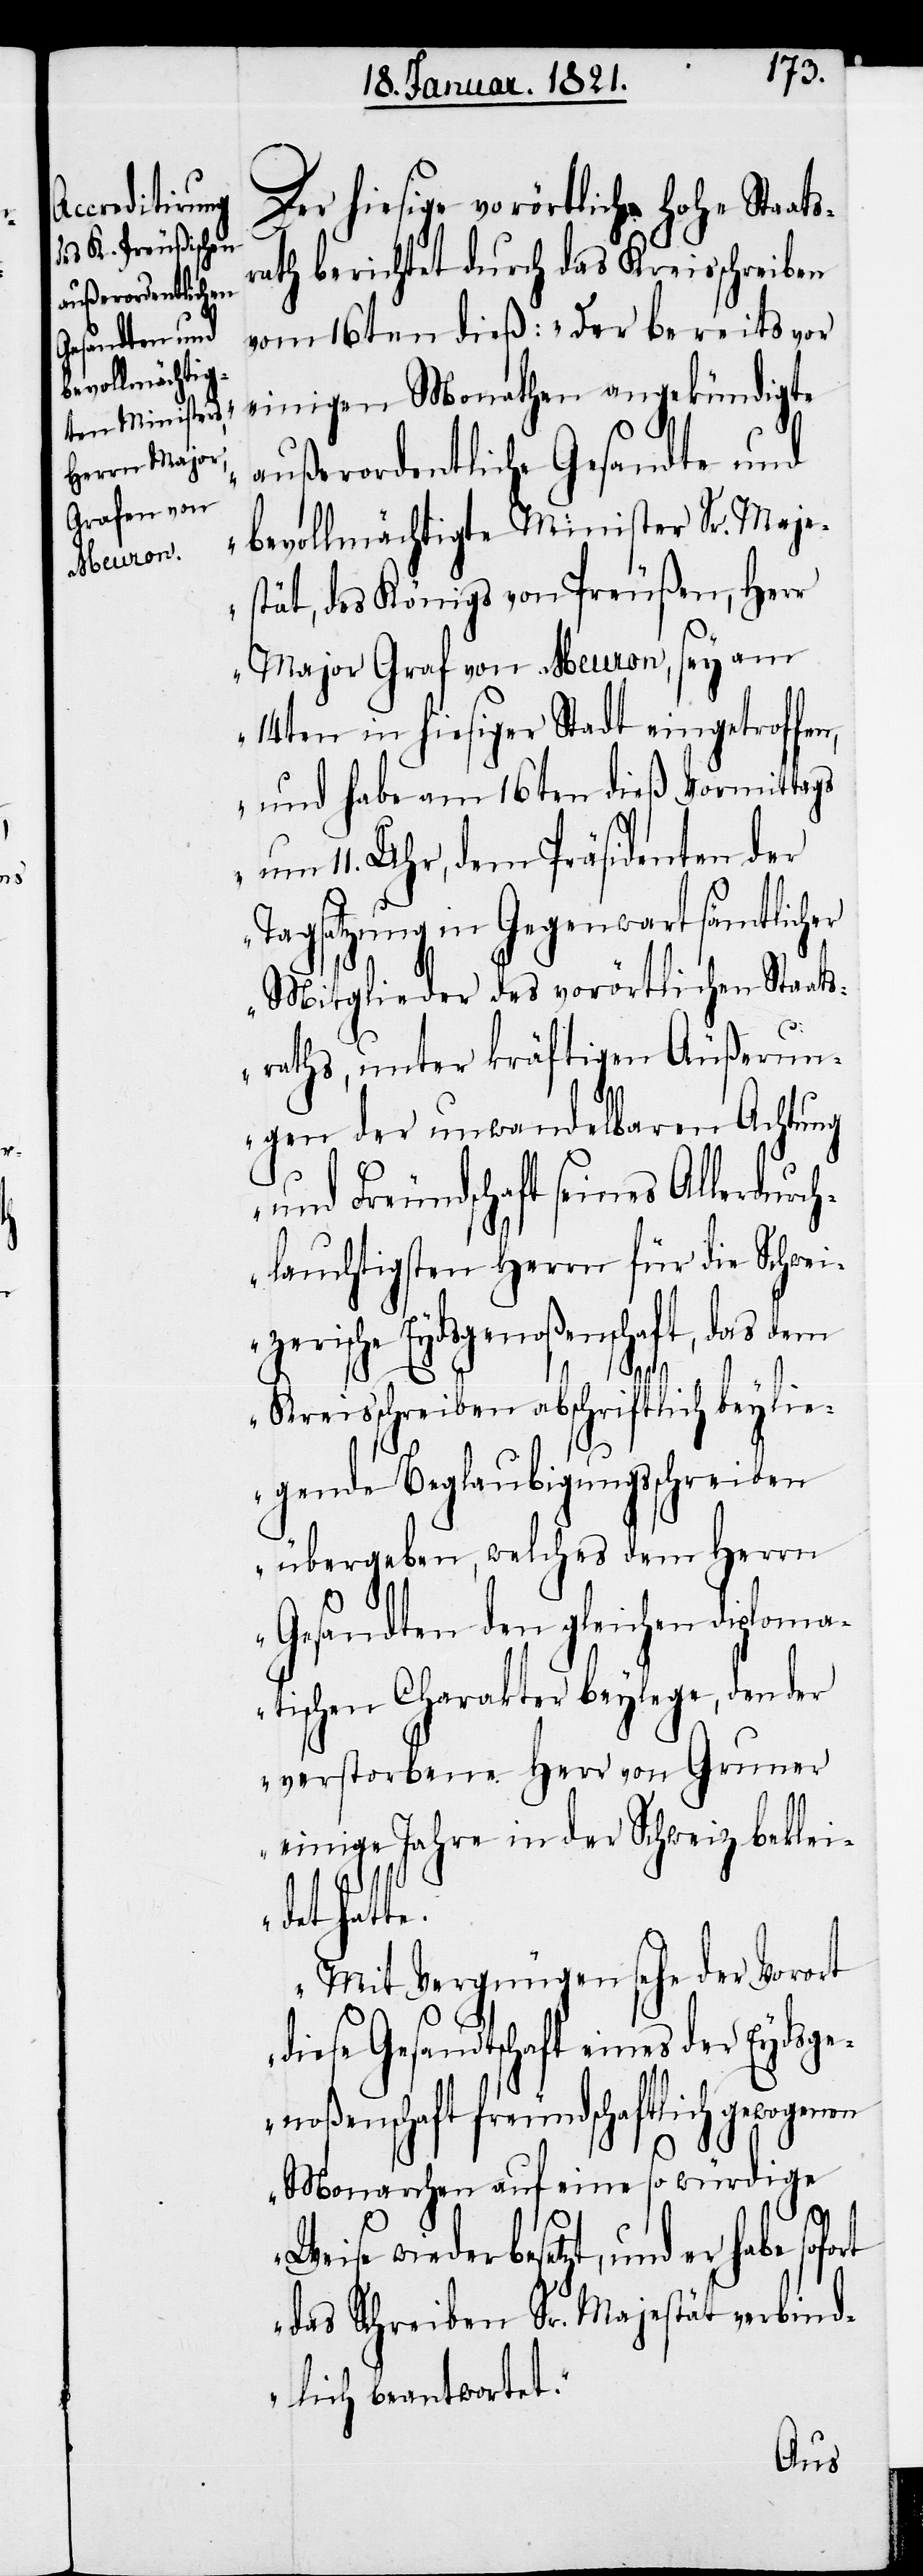
Der hiesige vorörtliche hohe Staats¬
rath berichtet durch das Kreisschreiben
vom 16ten dieß: „Der bereits vor
einigen Monathen angekündigte
außerordentliche Gesandte und
bevollmächtigte Minister Sr. Maje¬
stät, des Königs von Preußen, Herr
Major Graf von Meuron, sey am
14ten in hiesiger Stadt eingetroffen,
und habe am 16ten dieß Vormittags
um 11. Uhr, dem Präsidenten der
Tagsatzung in Gegenwart sämtlicher
Mitglieder des vorörtlichen Staats¬
raths, unter kräftigen Äußerun¬
gen der unwandelbaren Achtung
und Freundschaft seines Allerdurc¬
hlauchtigsten Herrn für die Schwei¬
zerische Eydsgenoßenschaft, das dem
en
Kreisschreiben abschriftlich beylie¬
gende Beglaubigungsschreiben
übergeben, welches dem Herrn
Gesandten den gleichen diploma¬
tischen Charakter beylege, den der
verstorbene Herr von Gruner
einige Jahre in der Schweiz bekleid¬
et hatte.
Mit Vergnügen sehe der Vorort
diese Gesandtschaft eines der Eydsg¬
enoßenschaft freundschaftlich gewogen¬
Monarchen auf eine so würdige
Weise wiederbesetzt, und er habe
das Schreiben Sr. Majestät verbind¬
lich beantwortet.“